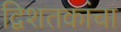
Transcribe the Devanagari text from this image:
द्विशतकांचा